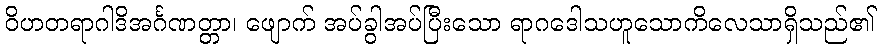
ဝိဟတရာဂါဒိအင်္ဂဏတ္တာ၊ ဖျောက် အပ်ခွါအပ်ပြီးသော ရာဂဒေါသဟူသောကိလေသာရှိသည်၏